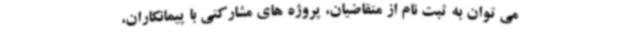
می توان به ثبت نام از متقاضیان، پروژه های مشارکتی با پیمانکاران،